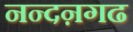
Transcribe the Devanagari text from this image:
नन्दऩगढ